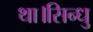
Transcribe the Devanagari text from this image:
था।सिन्धु